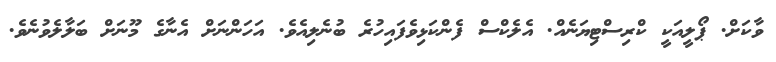
ވާކަށް. ޕޯލީއަކީ ކްރިސްޓިޔަނެއް. އެލެކްސް ފެންކަޅިވެފައިހުރެ ބުނެލިއެވެ. އަހަންނަށް އެނާގެ މޫނަށް ބަލާލެވުނެވެ.